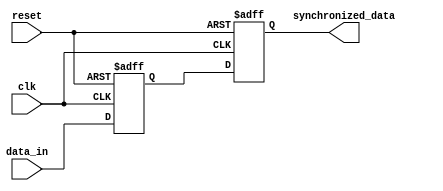
module two_flop_synchronizer (
    input wire clk,
    input wire reset,
    input wire data_in,
    output reg synchronized_data
);

reg flop1_out;
reg flop2_out;

always @(posedge clk or posedge reset) begin
    if (reset) begin
        flop1_out <= 1'b0;
        flop2_out <= 1'b0;
    end else begin
        flop1_out <= data_in;
        flop2_out <= flop1_out;
    end
end

assign synchronized_data = flop2_out;

endmodule